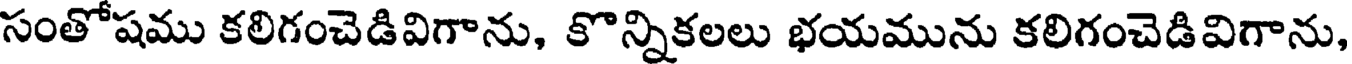
సంతోషము కలిగంచెడివిగాను, కొన్నికలలు భయమును కలిగంచెడివిగాను,